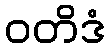
ဝတိဒံ